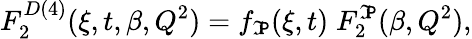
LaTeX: F_{2}^{D(4)}(\xi,t,\beta,Q^{2})=f_{\tt\mathfrak{I}\! P}(\xi,t)\; F_{2}^{\tt\mathfrak{I}\! P}(\beta,Q^{2}),